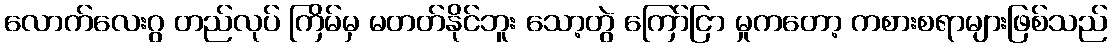
လောက်လေးဂွ တည်လုပ် ကြိမ်မှ မတတ်နိုင်ဘူး သော့တွဲ ကြော်ငြာ မှုကတော့ ကစားစရာများဖြစ်သည်